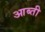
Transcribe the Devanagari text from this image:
आब्ती